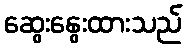
ဆွေးနွေးထားသည်